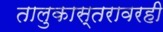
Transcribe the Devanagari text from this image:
तालुकास्तरावरही